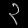
Digit: ၃